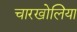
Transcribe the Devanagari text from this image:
चारखोलिया